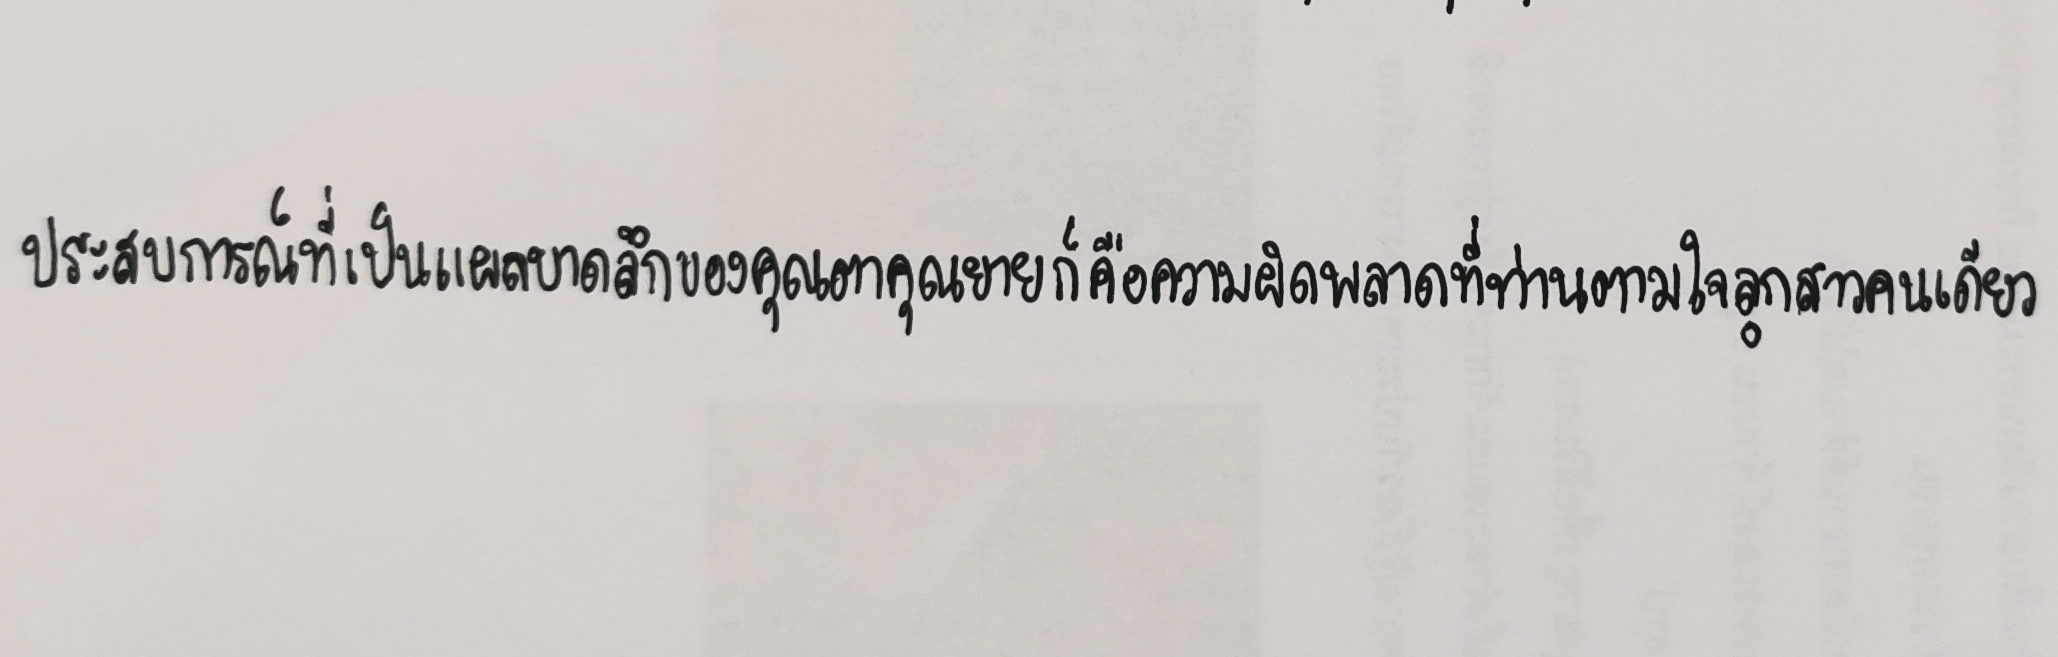
ประสบการณ์ที่เป็นแผลบาดลึกของคุณตาคุณยายก็คือความผิดพลาดที่ท่านตามใจลูกสาวคนเดียว